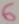
Text: 6